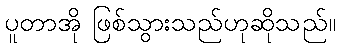
ပူတာအို ဖြစ်သွားသည်ဟုဆိုသည်။